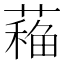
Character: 𦼁